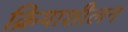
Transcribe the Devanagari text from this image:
क्रियाशीलन